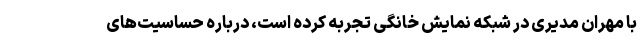
با مهران مدیری در شبکه نمایش خانگی تجربه کرده است، درباره حساسیت‌های